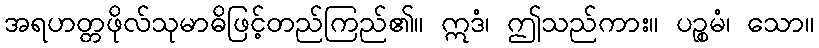
အရဟတ္တဖိုလ်သုမာဓိဖြင့်တည်ကြည်၏။ ဣဒံ၊ ဤသည်ကား။ ပဉ္စမံ၊ သော။